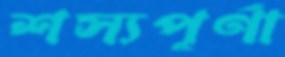
শস্যপূর্ণা